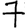
Digit: 7